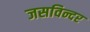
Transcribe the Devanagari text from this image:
जसविन्दर